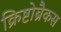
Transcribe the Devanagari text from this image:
क्रिष्टोब्रैकस